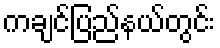
ကချင်ပြည်နယ်တွင်း